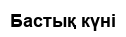
Бастық күні